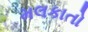
મલકાતો